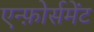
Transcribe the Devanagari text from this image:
एन्फ़ोर्समेंट